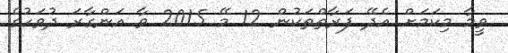
ވީމާ މިކަމަށް އެދޭ ފަރާތްތަކުން 12 މޭ 2015 ވާ އަންގާރަ ދުވަހުގެ